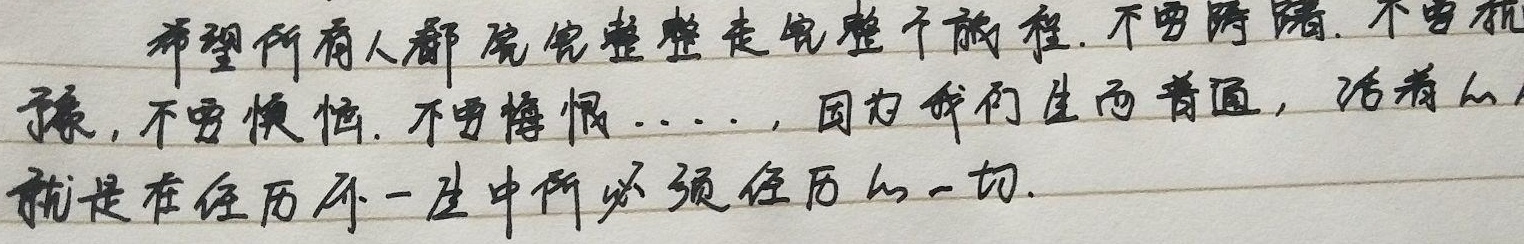
希望所有人都完完整整走完整个旅程。不要踌躇，不要犹豫，不要懊恼，不要悔恨……因为我们生而普通，活着就是在经历这一生中所必须经历的一切。